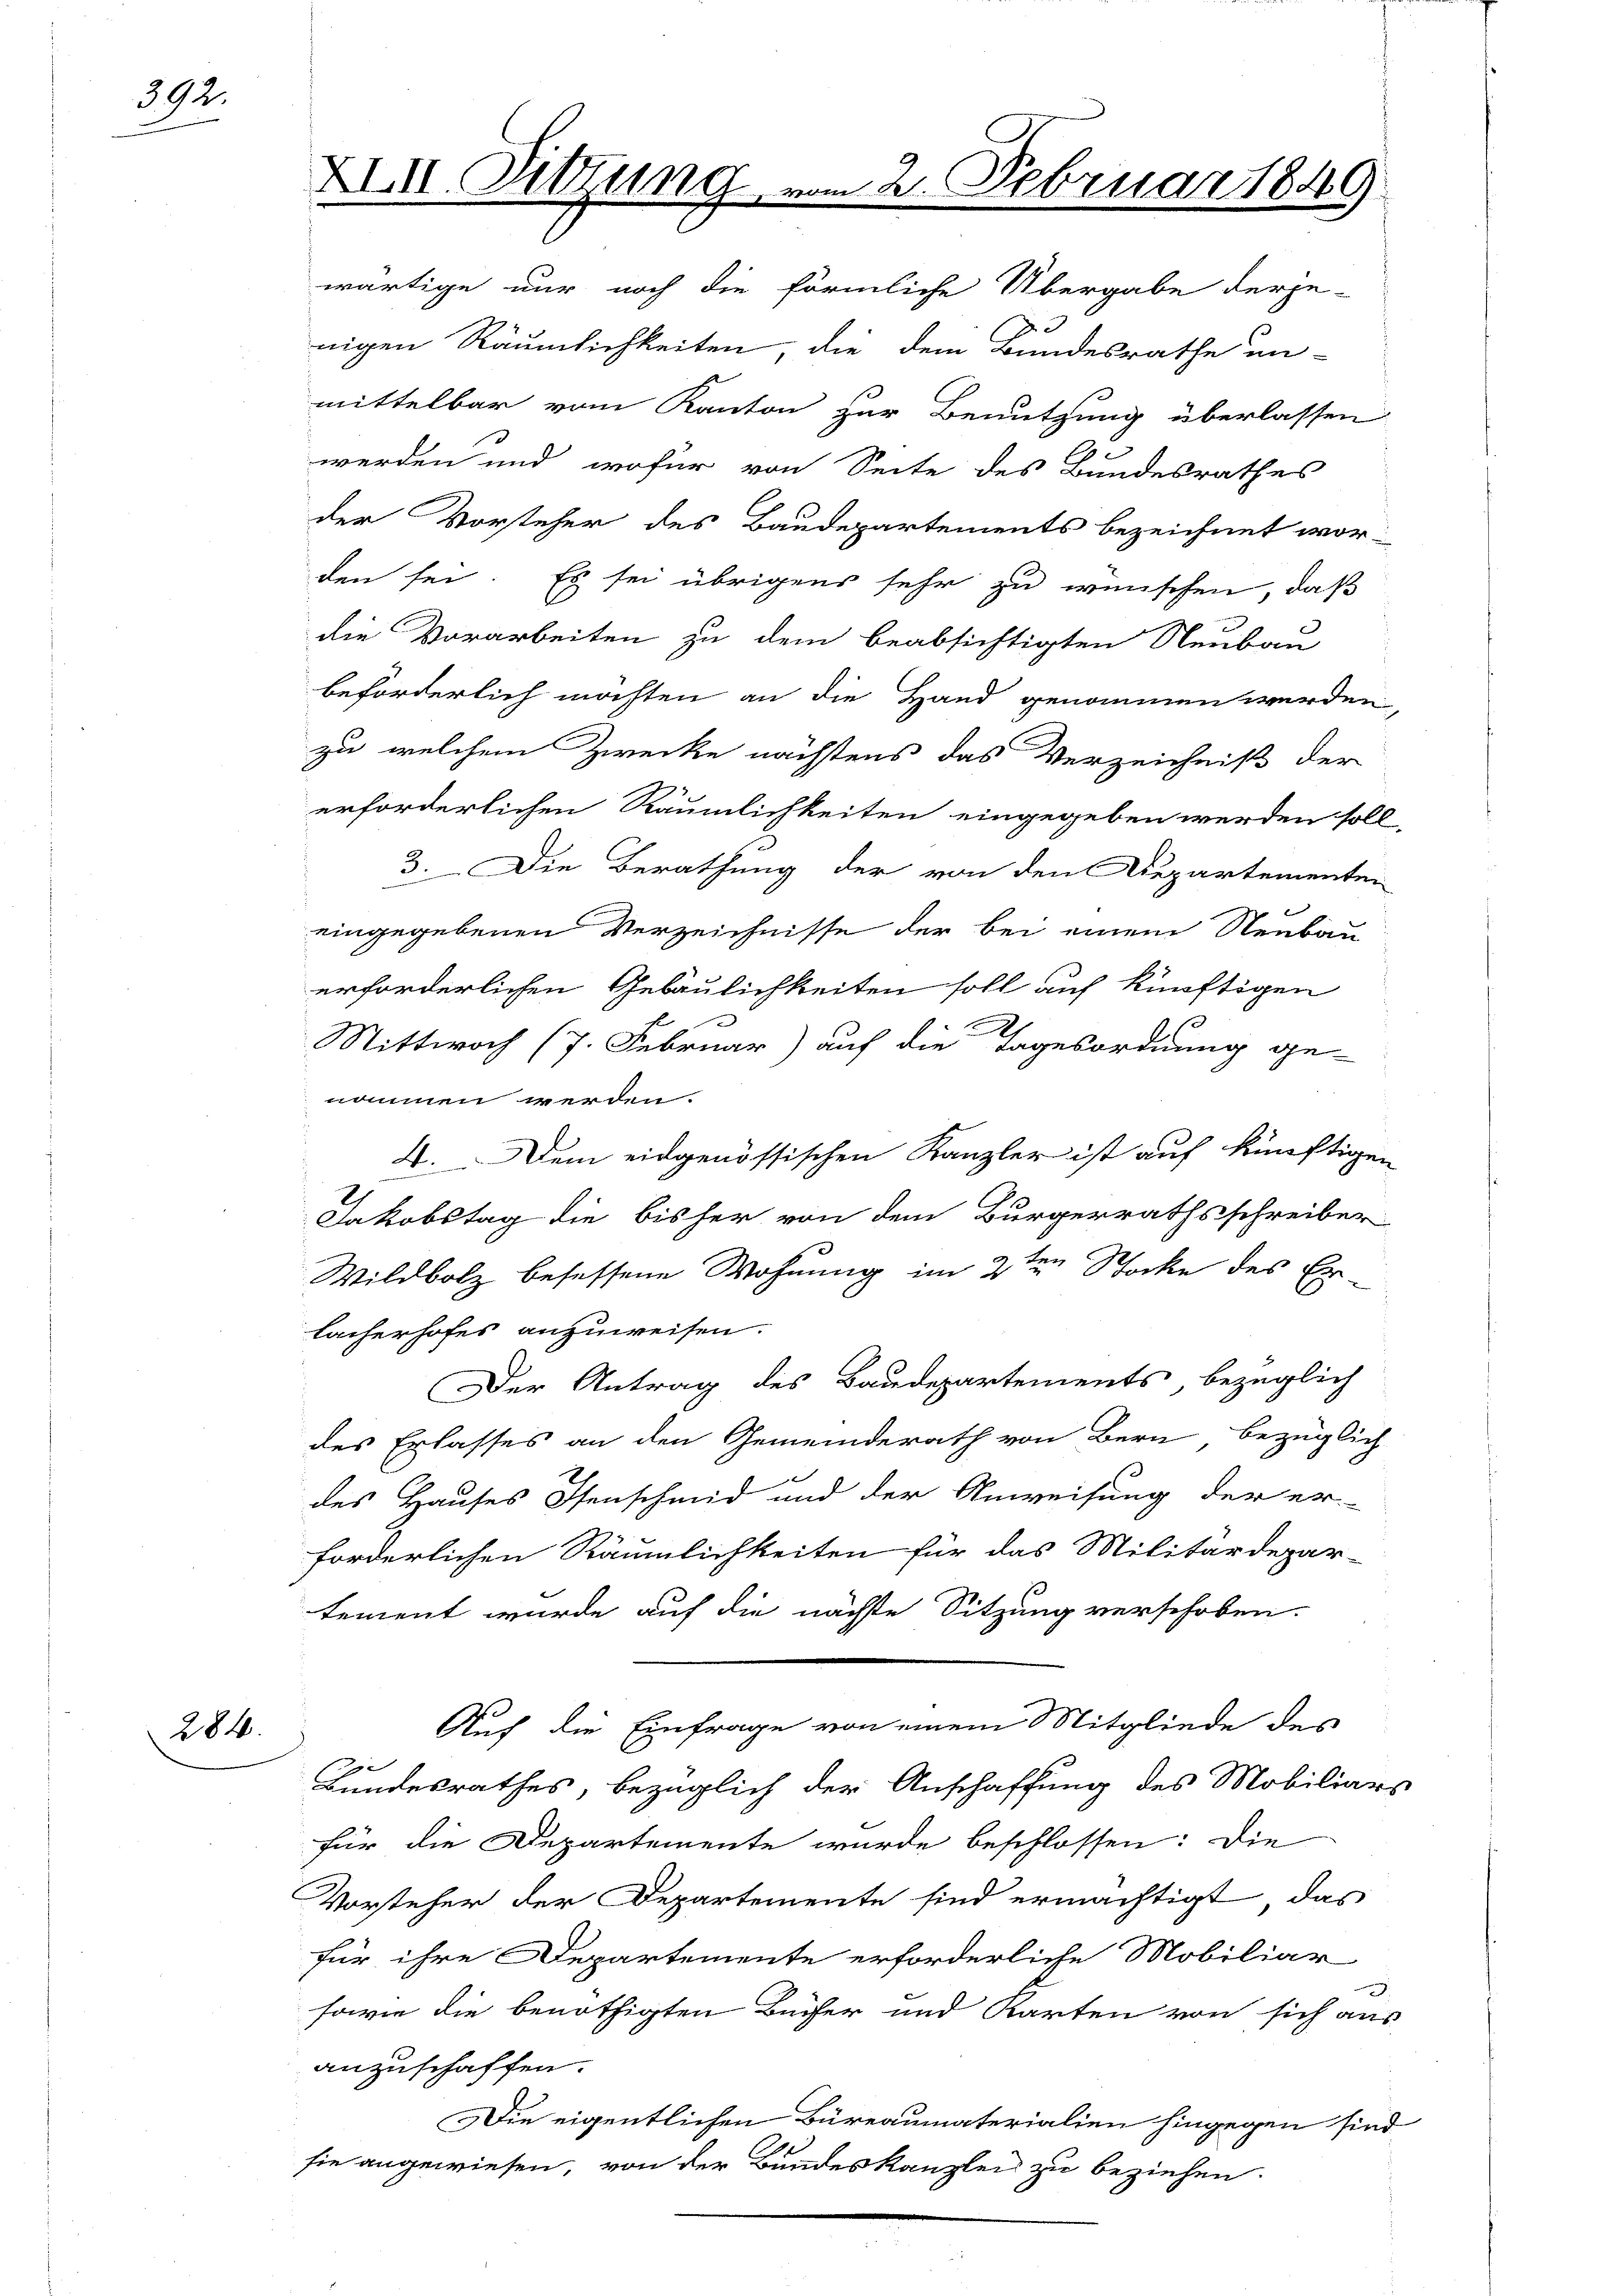
392.

284.

XIII. Sitzung

wärtige nur noch die förmliche Übergabe derje-
nigen Räumlichkeiten die dem Bundesrathe un-
mittelbar vom Kanton zur Benutzung überlassen
werden und wofür von Seite des Bundesrathes
der Vorsteher des Baudepartements bezeichnet wor-
den sei. Es sei übrigens sehr zu wünschen, daß
die Vorarbeiten zu dem beabsichtigten Neubau
beförderlich möchten an die Hand genommen werden,
zu welchem Zwecke nächstens das Verzeichniß der
erforderlichen Räumlichkeiten eingegeben werden soll,
3. Die Berathung der von den Departementen
eingegebenen Verzeichnisse der bei einem Neubau
erforderlichen Gebäulichkeiten soll auf künftigen
e
Wittwoch (7. Februar) auf die Tagesordnung ge-
nommen werden.
L. Dem eidgenössischen Kanzler ist auf künftigen
d
Jakobstag die bisher von dem Bürgerrathsschreiber
Wildbolz besessene Wohnung im 2ten Stocke des Er-
lacherhofes anzuweisen.
Der Antrag des Baudepartements, bezüglich
des Erlasses an den Gemeinderath von Bern bezüglich
des Hauses Isenschmid und der Anweisung der er-
forderlichen Räumlichkeiten für das Militärdepar-
tement wurde auf die nächste Sitzung verschoben.
Auf die Einfrage von einem Mitgliede des
Bundesrathes, bezüglich der Anschaffung des Mobiliars
für die Departemente wurde beschlossen: Die
Vorsteher der Departemente sind ermächtigt, das
für ihre Departemente erforderliche Mobiliar
sowie die benöthigten Bücher und Karten von sich aus
anzuschaffen.
Die eigentlichen Büreaumaterialien hingegen sind
n
sie angewiesen, von der Bandeskanzlei zu beziehen

2. Februar 1849